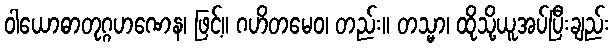
ဝါယောဓာတုဂ္ဂဟဏေန၊ ဖြင့်။ ဂဟိတမေဝ၊ တည်း။ တသ္မာ၊ ထိုသို့ယူအပ်ပြီးချည်း